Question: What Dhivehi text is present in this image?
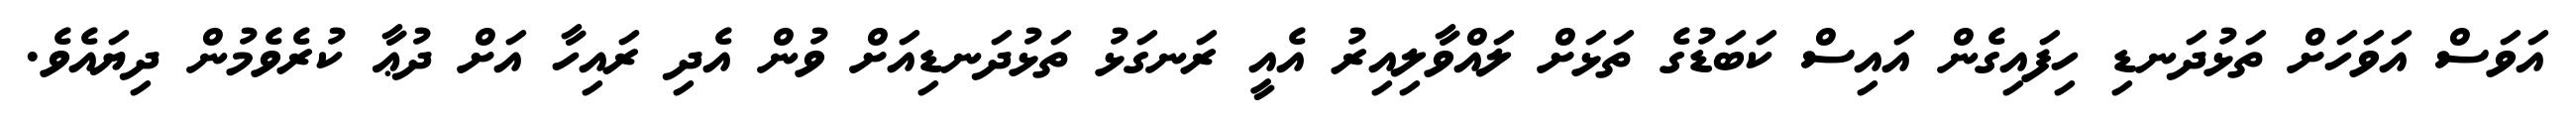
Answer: އަވަސް އަވަހަށް ތަޅުދަނޑި ހިފައިގެން އައިސް ކަބަޑުގެ ތަޅަށް ލައްވާލިއިރު އެއީ ރަނގަޅު ތަޅުދަނޑިއަށް ވުން އެދި ރައިހާ އަށް ދުޢާ ކުރެވެމުން ދިޔައެވެ.